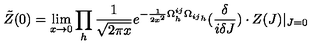
\tilde { Z } ( 0 ) = \lim _ { x \rightarrow 0 } \prod _ { h } \frac { 1 } { \sqrt { 2 \pi x } } e ^ { - \frac { 1 } { 2 x ^ { 2 } } \Omega _ { h } ^ { i j } { \Omega _ { i j } } _ { h } } ( { \frac { \delta } { i \delta J } } ) \cdot Z ( J ) | _ { J = 0 }